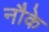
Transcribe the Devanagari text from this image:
नौके